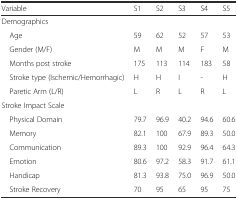
| Variable | S1 | S2 | S3 | S4 | S5 |
 | --- | --- | --- | --- | --- | --- |
 | Demographics |  |  |  |  |  |
 | Age | 59 | 62 | 52 | 57 | 53 |
 | Gender (M/F) | M | M | M | F | M |
 | Months post stroke | 175 | 113 | 114 | 183 | 58 |
 | Stroke type (Ischemic/Hemorrhagic) | H | H | I | - | H |
 | Paretic Arm (L/R) | L | R | L | R | L |
 | Stroke Impact Scale |  |  |  |  |  |
 | Physical Domain | 79.7 | 96.9 | 40.2 | 94.6 | 60.6 |
 | Memory | 82.1 | 100 | 67.9 | 89.3 | 50.0 |
 | Communication | 89.3 | 100 | 92.9 | 96.4 | 64.3 |
 | Emotion | 80.6 | 97.2 | 58.3 | 91.7 | 61.1 |
 | Handicap | 81.3 | 93.8 | 75.0 | 96.9 | 50.0 |
 | Stroke Recovery | 70 | 95 | 65 | 95 | 75 |